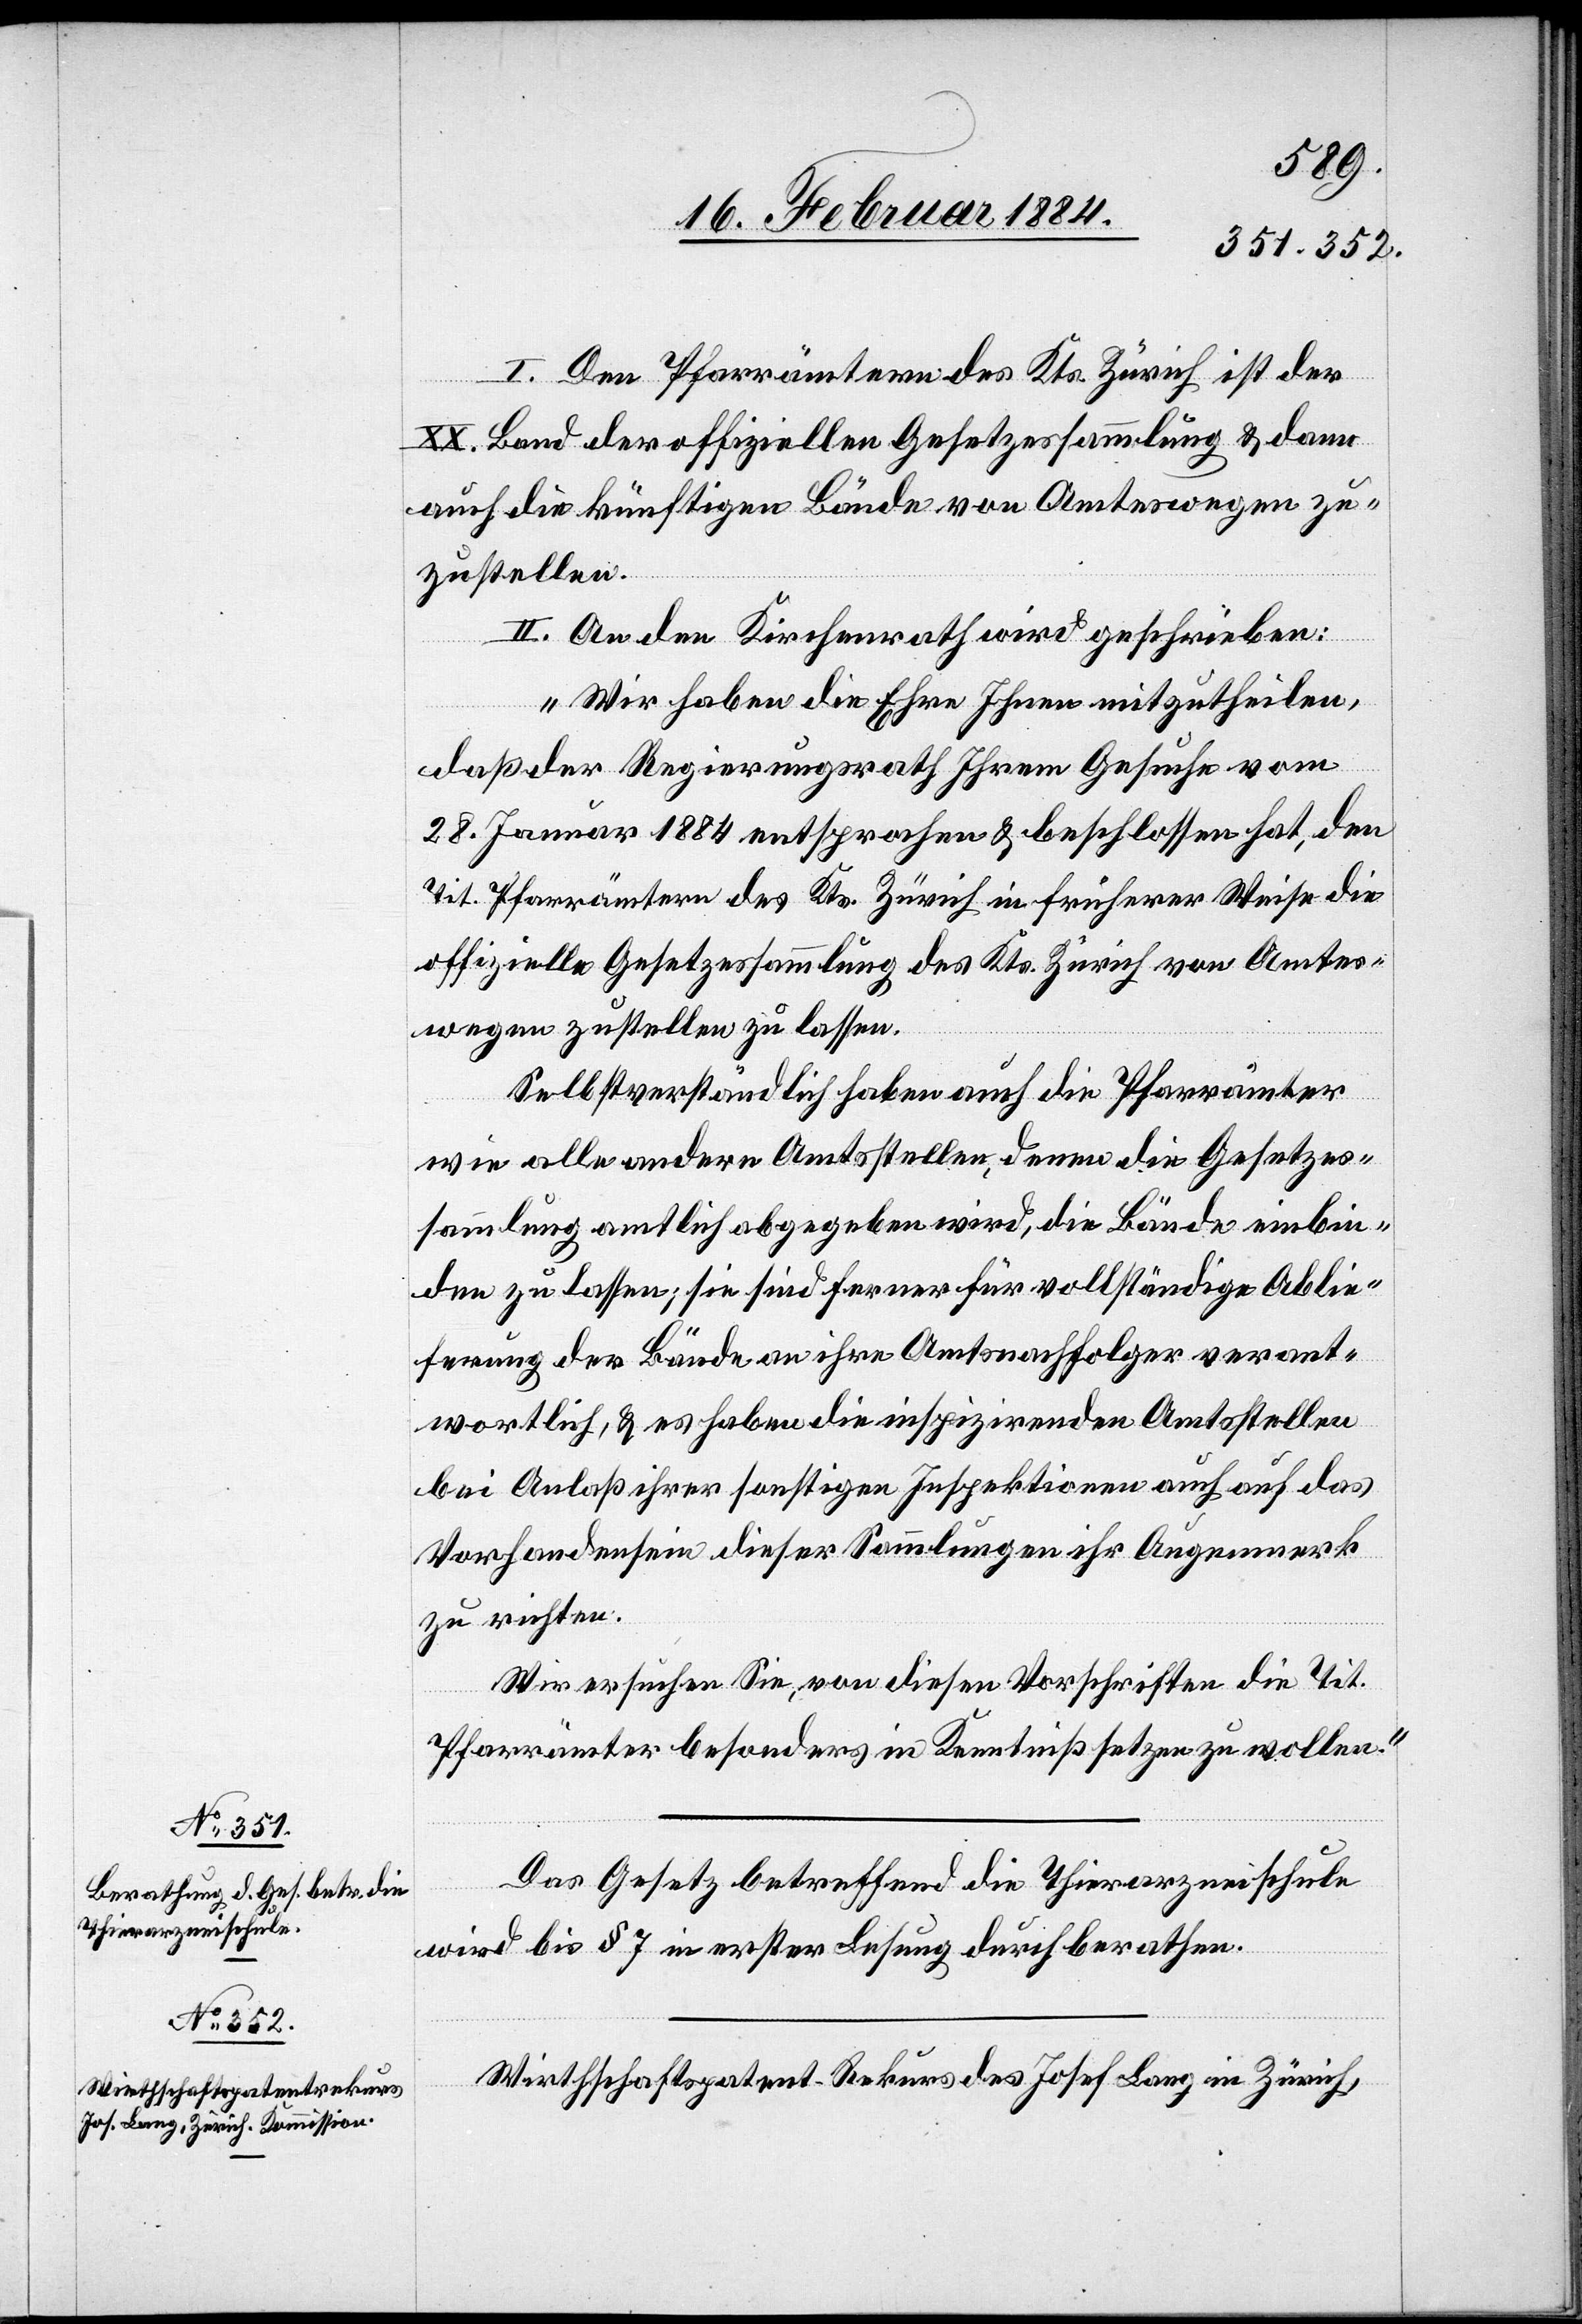
I. Den Pfarrämtern des Kts. Zürich ist der
XX. Band der offiziellen Gesetzessammlung & dann
auch die künftigen Bände von Amtswegen zu¬
zustellen.
II. An den Kirchenrath geschrieben:
„Wir haben die Ehre Ihnen mitzutheilen,
daß der Regierungsrath Ihrem Gesuche vom
28. Januar 1884 entsprochen & beschlossen hat, den
Tit. Pfarrämtern des Kts. Zürich in früherer Weise die
offizielle Gesetzessammlung des Kts. Zürich von Amtes¬
wegen zustellen zu lassen.
Selbstverständlich haben auch die Pfarrämtern
wie alle andern Amtsstellen, deren die Gesetzes¬
sammlung amtlich abgegeben wird, die Bände einbin¬
den zu lassen, sie sind ferner für vollständige Ablie¬
ferung der Bände an ihre Amtsnachfolger verant¬
wortlich, & es haben die inspizirenden Amtsstellen
bei Anlaß ihrer sonstigen Inspektionen auch auf das
Vorhandensein dieser Sammlungen ihr Augenmerk
zu richten.
Wir ersuchen Sie, von diesen Vorschriften die Tit.
Pfarrämter besonders in Kenntniß setzen zu wollen.“
Das Gesetz betreffend die Thierarzneischule
wird bis § 7 in erster Lesung durchberathen.
Wirthschaftspatent-Rekurs des Josef Lang in Zürich,